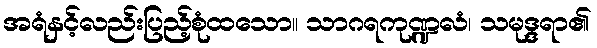
အရံနှင့်လည်းပြည့်စုံထသော။ သာဂရကုဏ္ဍလံ၊ သမုဒ္ဒရာ၏